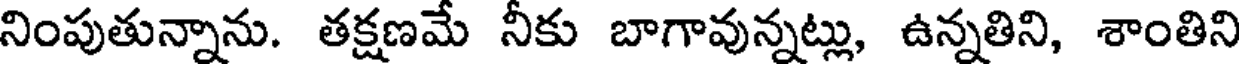
నింపుతున్నాను. తక్షణమే నీకు బాగావున్నట్లు, ఉన్నతిని, శాంతిని